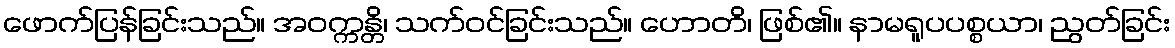
ဖောက်ပြန်ခြင်းသည်။ အဝက္ကန္တိ၊ သက်ဝင်ခြင်းသည်။ ဟောတိ၊ ဖြစ်၏။ နာမရူပပစ္စယာ၊ ညွတ်ခြင်း